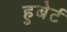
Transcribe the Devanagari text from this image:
हुबेर्ट